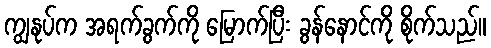
ကျွနုပ်က အရက်ခွက်ကို မြောက်ပြီး ခွန်နောင်ကို စိုက်သည်။